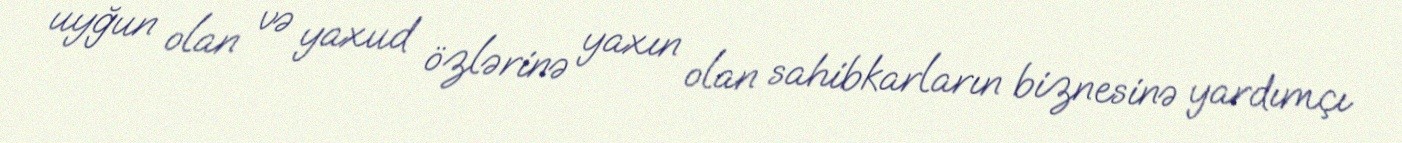
uyğun olan və yaxud özlərinə yaxın olan sahibkarların biznesinə yardımçı